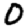
Digit: 0